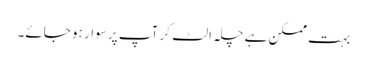
بہت ممکن ہے چلہ الٹ کر آپ پر سوار ہو جائے۔